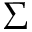
\Sigma